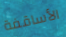
الأساقفة